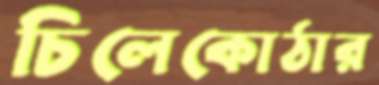
চিলেকোঠার